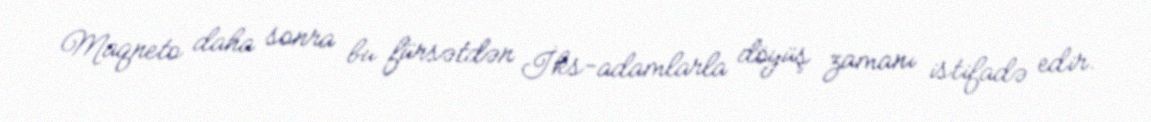
Maqneto daha sonra bu fürsətdən İks-adamlarla döyüş zamanı istifadə edir.